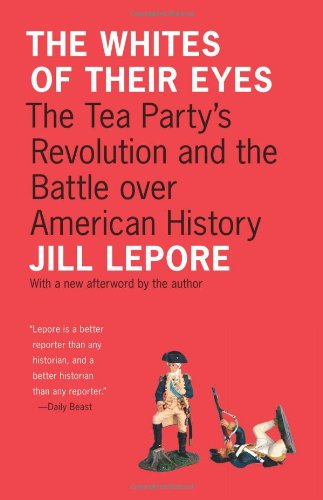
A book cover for The Whites of Their Eyes: The Tea Party's Revolution and the Battle over American History (The Public Square); Jill Lepore; History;